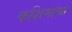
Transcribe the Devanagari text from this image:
कशिमाचा